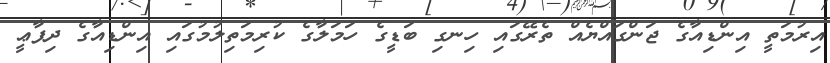
އިރުމަތީ އިންޑިއާގެ ޖަންގައްޔެއް ތެރޭގައި ހިނގި ބަޑީގެ ހަމަލާގެ ކުރިމަތިލުމުގައި އިންޑިއާގެ ދިފާޢީ